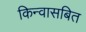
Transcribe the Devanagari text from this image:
किन्वासबित